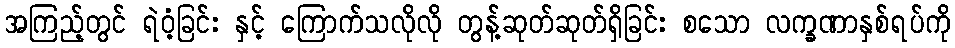
အကြည့်တွင် ရဲဝံ့ခြင်း နှင့် ကြောက်သလိုလို တွန့်ဆုတ်ဆုတ်ရှိခြင်း စသော လက္ခဏာနှစ်ရပ်ကို